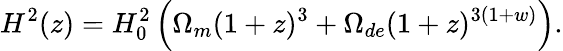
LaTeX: H^{2}(z)=H_{0}^{2}\left(\Omega_{m}(1+z)^{3}+\Omega_{de}(1+z)^{3(1+w)}\right).